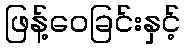
ဖြန့်ဝေခြင်းနှင့်